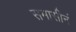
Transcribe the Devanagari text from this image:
समासीनं